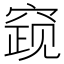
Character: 𰩓